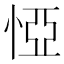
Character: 𢛟